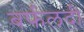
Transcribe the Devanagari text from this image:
बर्फलदी